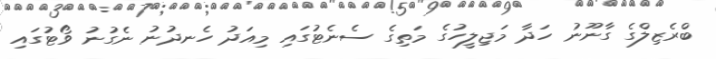
ބްރެޒިލްގެ ގާނޫނު ހަދާ މަޖިލީހުގެ މަތިގެ ސެނެޓުގައި މިއަދު ހެނދުނު ނެގުނު ވޯޓުގައި